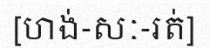
[ហង់-សៈ-រត់]